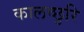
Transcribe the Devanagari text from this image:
कालच्छुरि